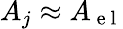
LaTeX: A_{j}\approx A_{\mathrm{~e~l~}}